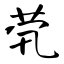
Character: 茕